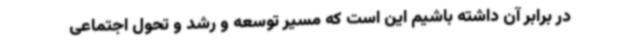
در برابر آن داشته باشیم این است که مسیر توسعه و رشد و تحول اجتماعی